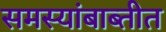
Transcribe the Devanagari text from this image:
समस्यांबाब्तीत